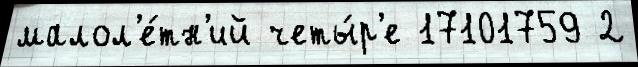
малол'е́тн'ий четы́р'е 17101759 2